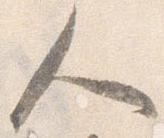
人